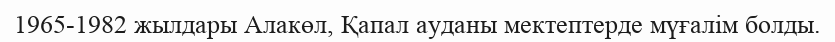
1965-1982 жылдары Алакөл, Қапал ауданы мектептерде мүғалім болды.